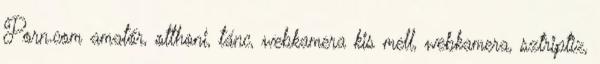
Porn.com amatőr, otthoni, tánc, webkamera kis mell, webkamera, sztriptiz,